Scientific memoirs by medical officers of the Army of India - Part IV,
Year: 1889
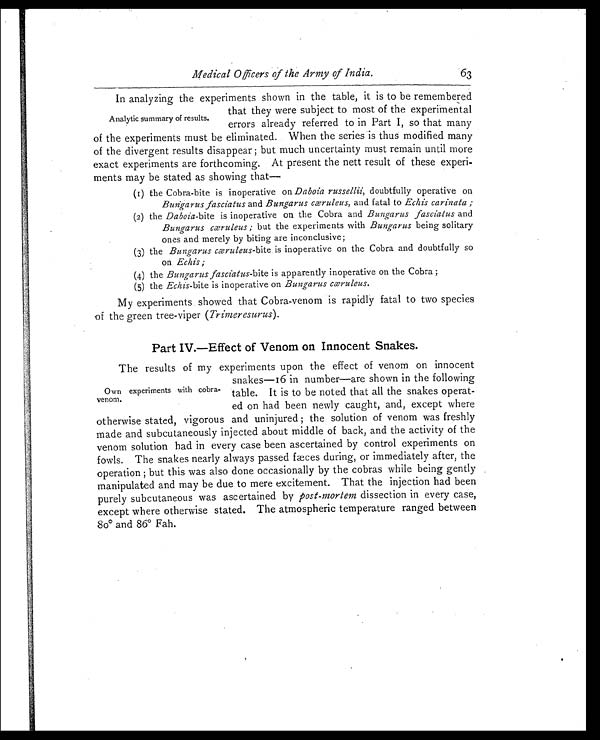
Own experiments with cobra-
venom.
Medical Officers of the Army of India.
63
In analyzing the experiments shown in the table, it is to be remembered
that they were subject to most of the experimental
errors already referred to in Part I, so that many
of the experiments must be eliminated. When the series is thus modified many
of the divergent results disappear; but much uncertainty must remain until more
exact experiments are forthcoming. At present the nett result of these experi
-ments may be stated as showing that—
(1) the Cobra-bite is inoperative on Daboia russellii, doubtfully operative on
Bungarus fasciatus and Bungarus cæruleus, and fatal to Echis carinata;
(2) the Daboia -bite is inoperative on the Cobra and Bungarus fasciatus and
Bungarus cæruleus; but the experiments with Bungarus being solitary
ones and merely by biting are inconclusive;
(3) the Bungarus cæruleus-bite is inoperative on the Cobra and doubtfully so
on Echis;
(4) the Bungarus fasciatus-bite is apparently inoperative on the Cobra;
(5) the Echis-bite is inoperative on Bungarus cæruleus.
My experiments showed that Cobra-venom is rapidly fatal to two species
of the green tree-viper ( Trimeresurus).
Part IV.—Effect of Venom on Innocent Snakes.
The results of my experiments upon the effect of venom on innocent
snakes—16 in number—are shown in the following
table. It is to be noted that all the snakes operat
-ed on had been newly caught, and, except where
otherwise stated, vigorous and uninjured; the solution of venom was freshly
made and subcutaneously injected about middle of back, and the activity of the
venom solution had in every case been ascertained by control experiments on
fowls. The snakes nearly always passed fæces during, or immediately after, the
operation; but this was also done occasionally by the cobras while being gently
manipulated and may be due to mere excitement. That the injection had been
purely subcutaneous was ascertained by post-mortem dissection in every case,
except where otherwise stated. The atmospheric temperature ranged between
80° and 86° Fah.
Analytic summary of results.